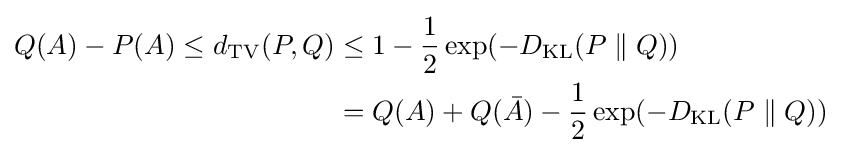
{\begin{aligned}Q(A)-P(A)\leq d_{\mathrm {TV} }(P,Q)&\leq 1-{\frac {1}{2}}\exp(-D_{\mathrm {KL} }(P\parallel Q))\\&=Q(A)+Q({\bar {A}})-{\frac {1}{2}}\exp(-D_{\mathrm {KL} }(P\parallel Q))\end{aligned}}